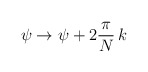
\begin{align*}\psi \rightarrow \psi + 2 \frac{\pi}{N}\, k\end{align*}